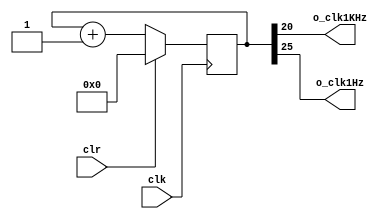
`timescale 1ns / 1ps
//////////////////////////////////////////////////////////////////////////////////
// Company: 
// Engineer: 
// 
// Design Name: 
// Module Name:    RetardoBoton 
// Project Name: 
// Target Devices: 
// Tool versions: 
// Description: 
//
// Dependencies: 
//
// Revision: 
// Revision 0.01 - File Created
// Additional Comments: 
//
//////////////////////////////////////////////////////////////////////////////////
module clock_divider(
    input clk,// seal normal del reloj de la placa 
	 input clr,// por si hay un reset
    output o_clk1KHz,o_clk1Hz//,o_clk25MHz  // salida a menos de 23 Hz
    );

reg [25:0] q=26'd0;// variable que sirve de contador para dividir la frcuencia y aumentar el periodo

//contador de 24-bit
always @(posedge clk ) // proceso que realiza la cuenta 
    if(clr) q <= 0;        //Si se activa clr el proximo valor de q sera 0
    else    q <= q + 26'd1;    //de lo contrario el siguiente valor de q sera q+1
    
//assign o_clk25MHz  = q[0];    //100MHz/2^(23+1)=25MHz
assign o_clk1KHz=q[20];//1KHz es q[17]  
assign o_clk1Hz=q[25];

endmodule